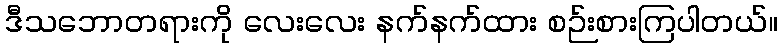
ဒီသဘောတရားကို လေးလေး နက်နက်ထား စဉ်းစားကြပါတယ်။